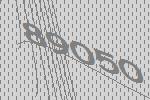
89050